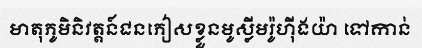
មាតុភូមិនិវត្តន៍ជនភៀសខ្លួនមូស្លីមរ៉ូហ៊ីងយ៉ា ទៅកាន់